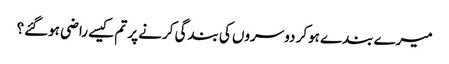
میرے بندے ہوکر دوسروں کی بندگی کرنے پر تم کیسے راضی ہوگئے؟